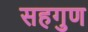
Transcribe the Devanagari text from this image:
सहगुण